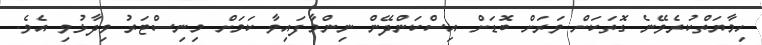
ހިމާޔަތްކުރެވޭނެ ގޮތަކަށް ވަރަށް ބޮޑަށް އިސްކަންދޭން ނިންމާފައިވާ ކަމަށް މިނިސްޓަރު ވިދާޅުވި އެވެ.